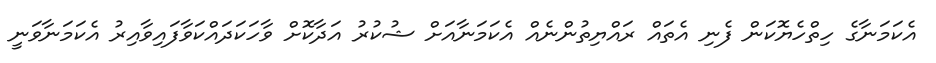
އެކަމަނާގެ ހިތްހެޔޮކަން ފެނި އެތައް ރައްޔިތުންނެއް އެކަމަނާއަށް ޝުކުރު އަދާކޮށް ވާހަކަދައްކަވާފައިވާއިރު އެކަމަނާވަނީ